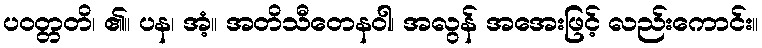
ပဝတ္တတိ၊ ၏။ ပန၊ အံ့။ အတိသီတေနဝါ၊ အလွန် အအေးဖြင့် လည်းကောင်း။